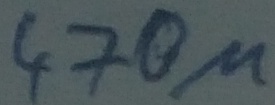
Text: 470µ